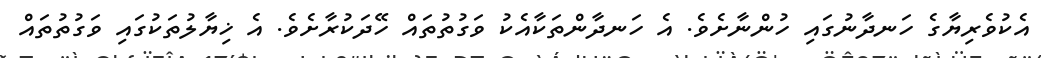
އެކުވެރިޔާގެ ހަނދާނުގައި ހުންނާށެވެ. އެ ހަނދާންތަކާއެކު ވަގުތުތައް ހޭދަކުރާށެވެ. އެ ޚިޔާލުތަކުގައި ވަގުތުތައް